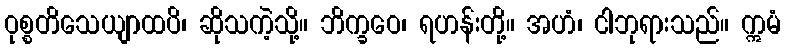
ဝုစ္စတိသေယျာထပိ၊ ဆိုသကဲ့သို့။ ဘိက္ခဝေ၊ ရဟန်းတို့။ အဟံ၊ ငါဘုရားသည်။ ဣမံ